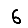
Digit: 6